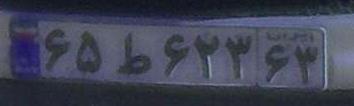
۶۵ط۶۲۳۶۳